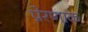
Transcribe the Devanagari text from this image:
प्रेरणाक